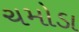
ચમોડા